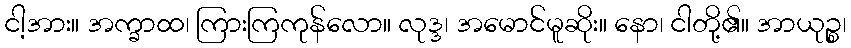
ငါ့အား။ အက္ခာထ၊ ကြားကြကုန်လော။ လုဒ္ဒ၊ အမောင်မူဆိုး။ နော၊ ငါတို့၏။ အာယုဉ္စ၊